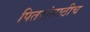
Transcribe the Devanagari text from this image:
पितरांसाठीच